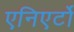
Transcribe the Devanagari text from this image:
एनिएर्टो